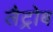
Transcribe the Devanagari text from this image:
लैट्रोब